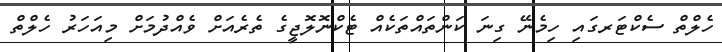
ހެލްތް ސެކްޓަރގައި ހިމެނޭ ގިނަ ކަންތައްތަކެއް ޓެކްނޮލޮޖީގެ ތެރެއަށް ވެއްދުމަށް މިއަހަރު ހެލްތް